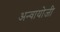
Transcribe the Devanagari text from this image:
अन्वायोजी